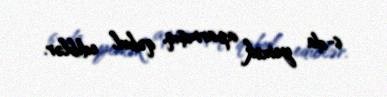
6-da yemək aparmışıq, qəbul ediblər.